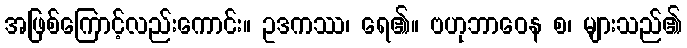
အဖြစ်ကြောင့်လည်းကောင်း။ ဥဒကဿ၊ ရေ၏။ ဗဟုဘာဝေန စ၊ များသည်၏